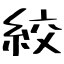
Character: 絞